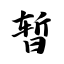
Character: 暂